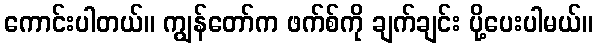
ကောင်းပါတယ်။ ကျွန်တော်က ဖက်စ်ကို ချက်ချင်း ပို့ပေးပါမယ်။